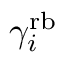
\gamma _ { i } ^ { \mathrm { r b } }